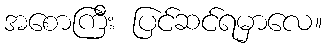
အစောကြီး ပြင်ဆင်ရမှာလေ။